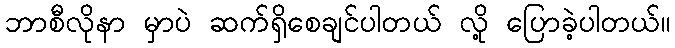
ဘာစီလိုနာ မှာပဲ ဆက်ရှိစေချင်ပါတယ် လို့ ပြောခဲ့ပါတယ်။